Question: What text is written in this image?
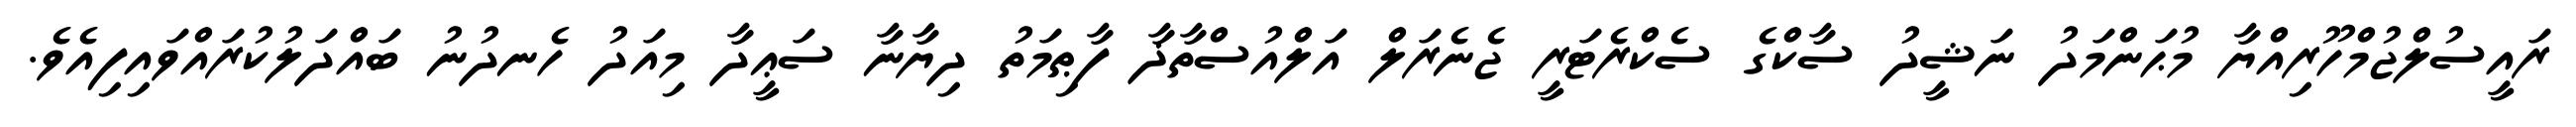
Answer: ރައީސުލްޖުމްހޫރިއްޔާ މުޙަންމަދު ނަޝީދު ސާކްގެ ސެކްރެޓަރީ ޖެނެރަލް އަލްއުސްތާޛާ ފާޠިމަތު ދިޔާނާ ސަޢީދާ މިއަދު ހެނދުނު ބައްދަލުކުރައްވައިފިއެވެ.